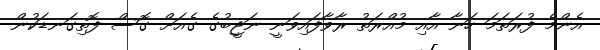
އެންމެ ފުރަތަމަ ހަނާ އާއި މުއްރަތު ރާވާފައިވަނީ ނަޖީބުގެ ގެއަށް ގޮސް ފޮތިގަނޑަކުން